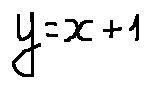
y = x + 1